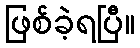
ဖြစ်ခဲ့ရပြီ။